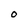
Character: 0